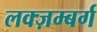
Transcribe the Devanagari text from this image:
लक्ज़म्बर्ग